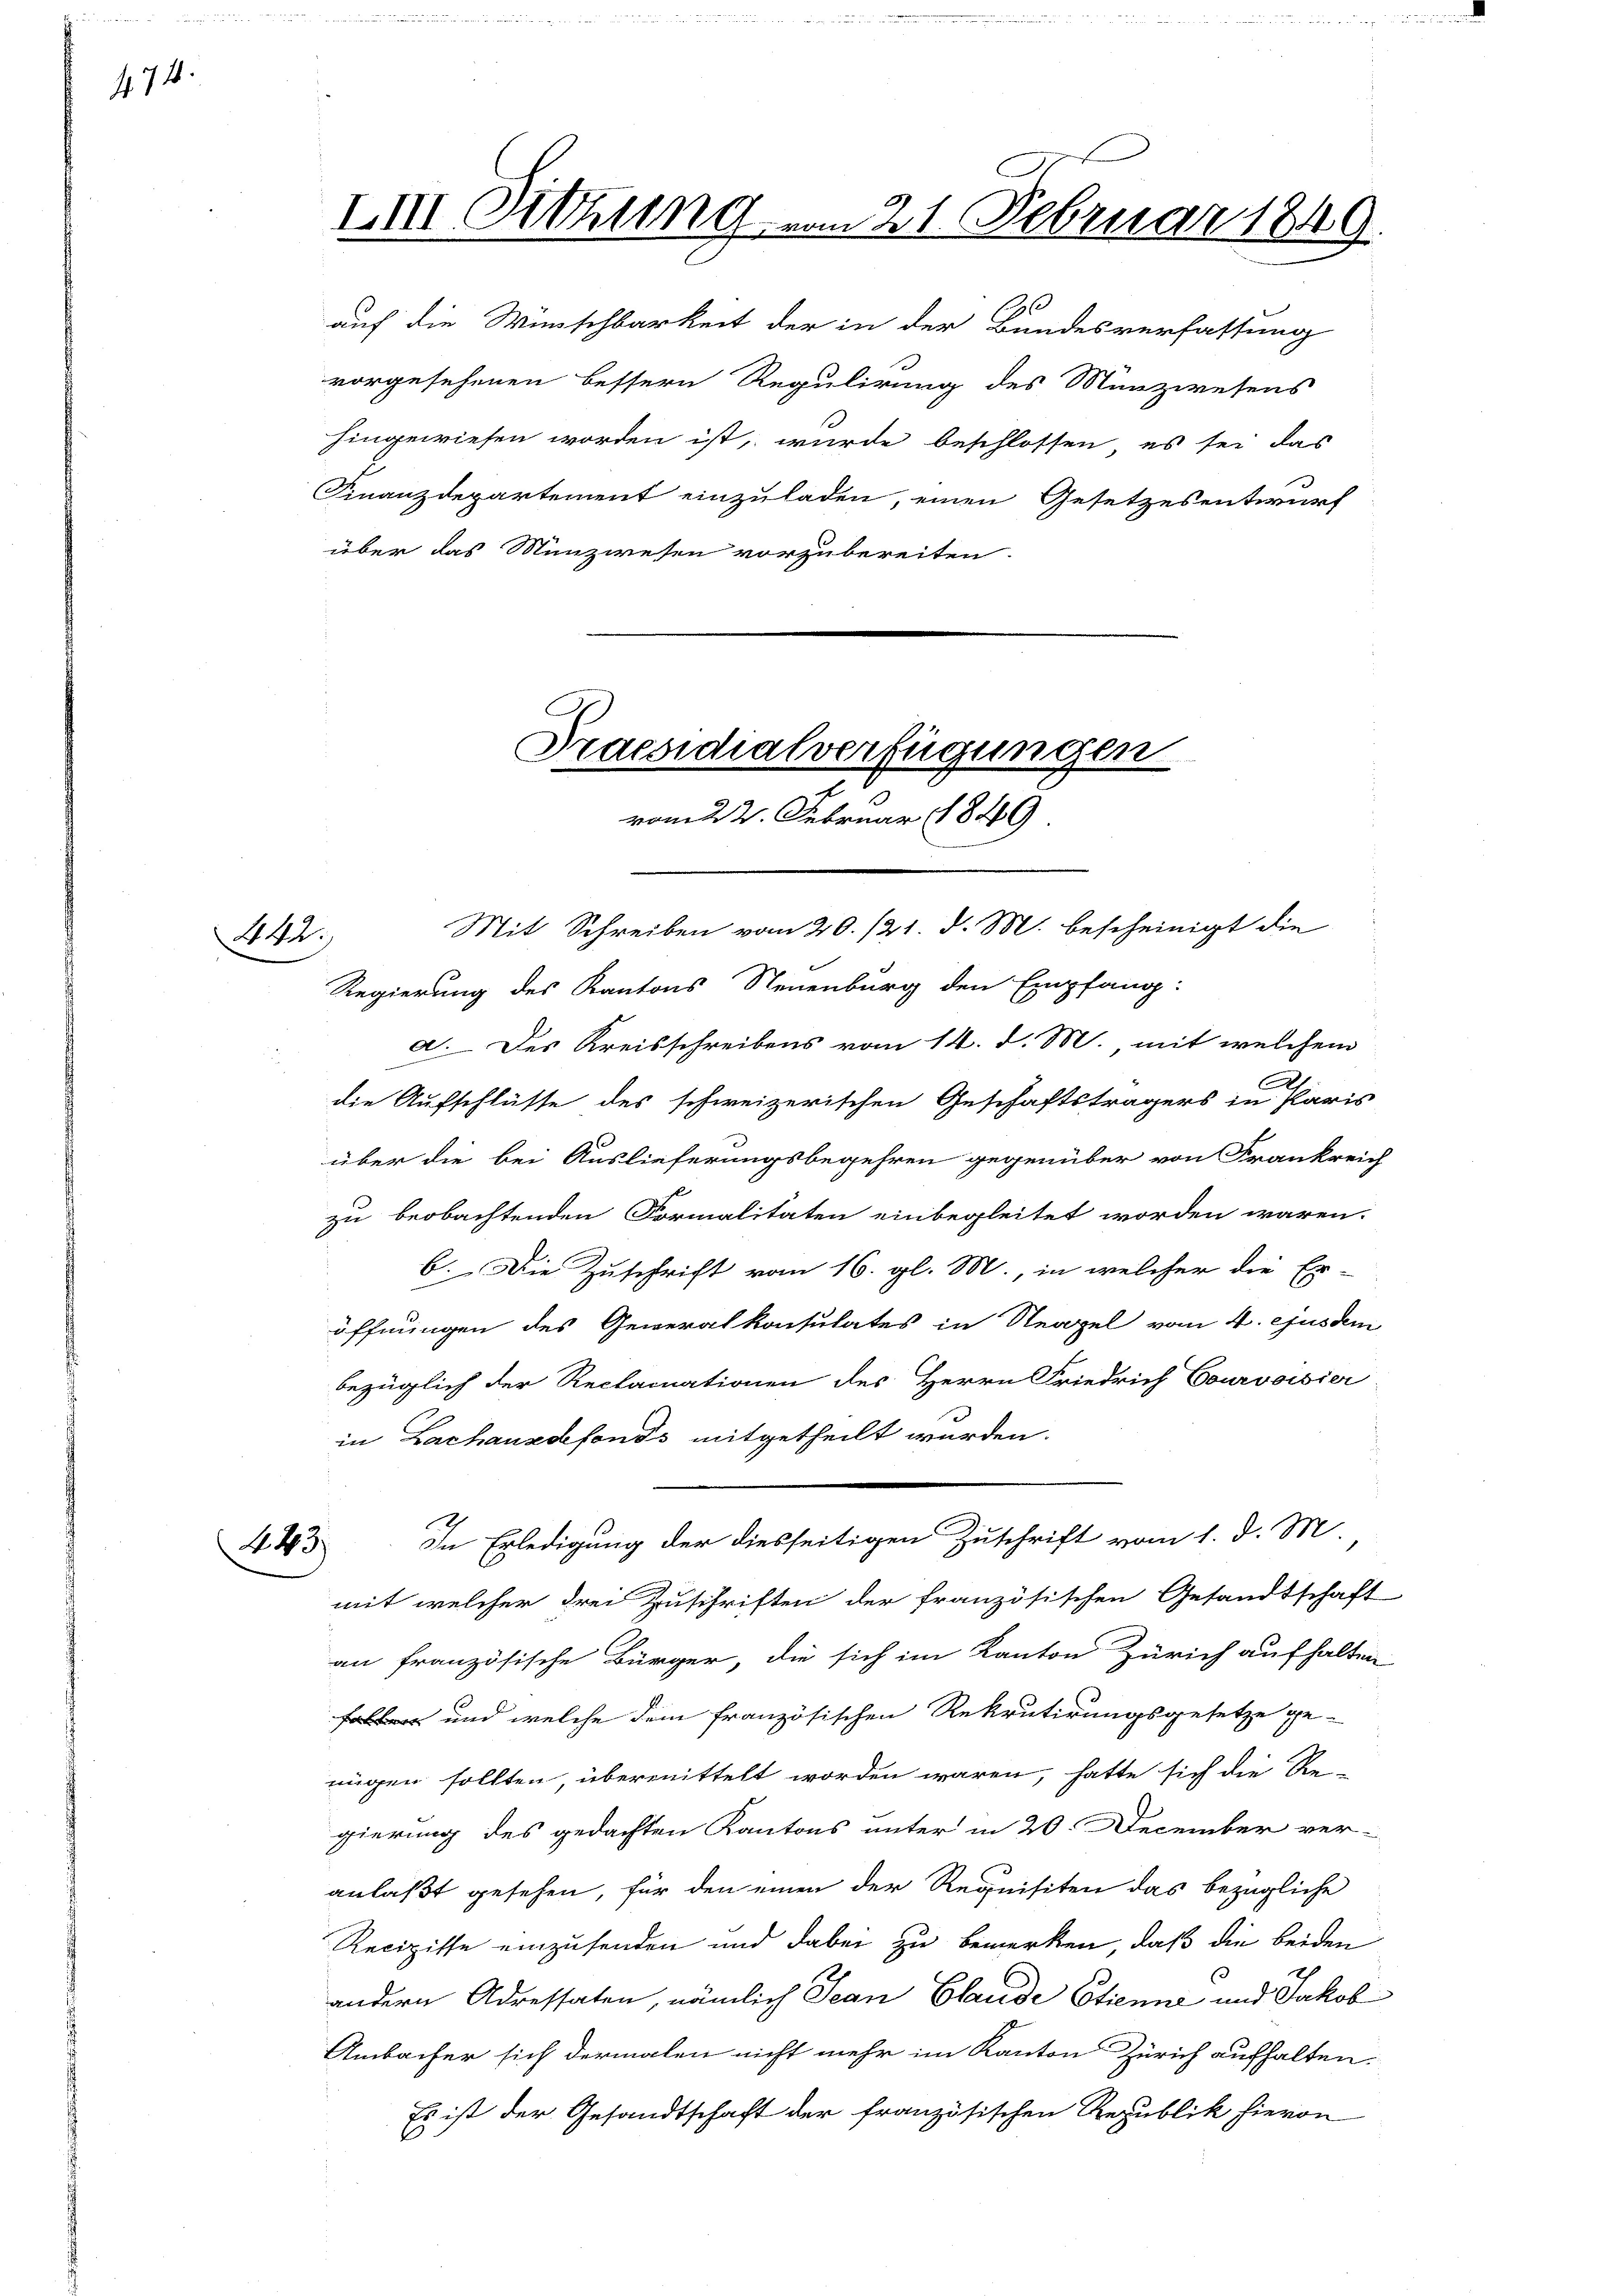
74.

auf die Wünschbarkeit der in der Bundesverfassung
vorgesehenen bessern Regulirung des Münzwesens
hingewiesen worden ist, wurde beschlossen, es sei das
Finanzdepartement einzuladen, einen Gesetzesentwurf

A44.

über das Münzwesen vorzubereiten.

443.

Im Sitzung

Praesidialverfügungen

vom 22. Februar 1849

m 21. Februar 1849.

Mit Schreiben vom 20./21. d. M. bescheinigt die
Regierung des Kantons Neuenburg den Empfang:
a. Des Kreisschreibens vom 14. d. M. mit welchem
.
die Aufschlüsse des schweizerischen Geschäftsträgers in Paris
über die bei Auslieferungsbegehren gegenüber von Frankreich
zu beobachtenden Formalitäten einbegleitet worden wären.
b. Die Zuschrift vom 16. gl. M., in welcher die Er-
öffnungen des Generalkonsulates in Neapel vom 4. ejusdem
bezüglich der Reclamationen des Herrn Friedrich Courvoisier
in Zachausdefonds mitgetheilt werden.
h
In Erledigung der diesseitigen Zuschrift vom 1. d. M.
mit welcher drei Zuschriften der französischen Gesandtschaft
an französische Bürger, die sich im Kanton Zürich aufhalten
Faller und welche dem französischen Rekrutirungsgesetze ge-
nügen sollten, übermittelt worden wären, hatte sich die Re-
gierung des gedachten Kantons unter in 20. December ver-
anlaßt gesehen, für den einen der Requisiten das bezügliche
Recipisse einzusenden und dabei zu bemerken, daß die beiden
d
andern Adressaten, nämlich Jean Claude Etienne und Jakob
Ambacher sich dermalen nicht mehr im Kanton Zürich aufhalten.
Es ist der Gesandtschaft der französischen Republik hievon